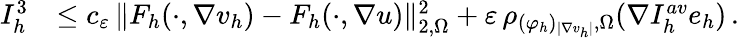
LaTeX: \begin{array}{r}{\begin{array}{rl}{I_{h}^{3}}&{\leq c_{\varepsilon}\, \| F_{h}(\cdot,\nabla v_{h})-F_{h}(\cdot,\nabla u)\| _{2,\Omega}^{2}+\varepsilon\, \rho_{(\varphi_{h})_{\vert\nabla v_{h}\vert},\Omega}(\nabla I_{h}^{\textit{av}}e_{h})\, .}\end{array}}\end{array}